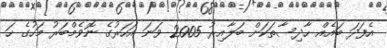
އެފަދަ ބައެއް ހާދިސާތަކަށް ބަލާއިރު 2005 ވަނަ އަހަރުގެ ނޮވެމްބަރު މަހުގެ ހަ